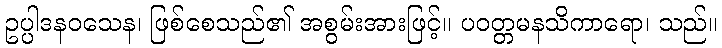
ဥပ္ပါဒနဝသေန၊ ဖြစ်စေသည်၏ အစွမ်းအားဖြင့်။ ပဝတ္တမနသိကာရော၊ သည်။